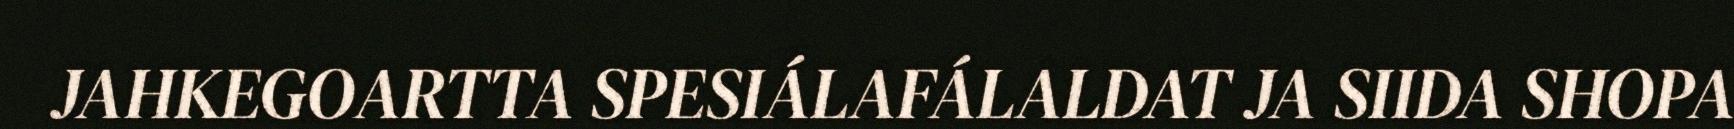
JAHKEGOARTTA SPESIÁLAFÁLALDAT JA SIIDA SHOPA